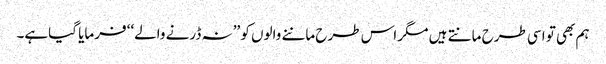
ہم بھی تو اسی طرح مانتے ہیں مگر اس طرح ماننے والوں کو ’’نہ ڈرنے والے‘‘ فرمایا گیاہے۔